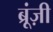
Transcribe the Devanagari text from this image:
ब्रूंज़ी